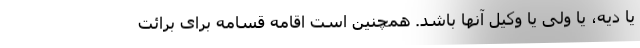
یا دیه، یا ولی یا وکیل آنها باشد. همچنین است اقامه قسامه برای برائت